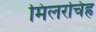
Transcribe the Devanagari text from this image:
मिलरचिह्र